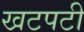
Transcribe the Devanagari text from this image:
खटपटी